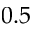
0 . 5